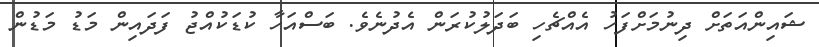
ޝައިންއަތަށް ދިނުމަށްފަހު އެއްޗެހި ބަދަލުކުރަން އެދުނެވެ. ބަސްއަހާ ކުޑަކުއްޖު ފަދައިން މަޑު މަޑުން